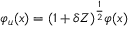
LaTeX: \varphi _ { u } ( x ) = ( 1 + \delta Z ) ^ { \frac { 1 } { 2 } } \varphi ( x )